Black-water fever - Number 35
Disease focus: Fever
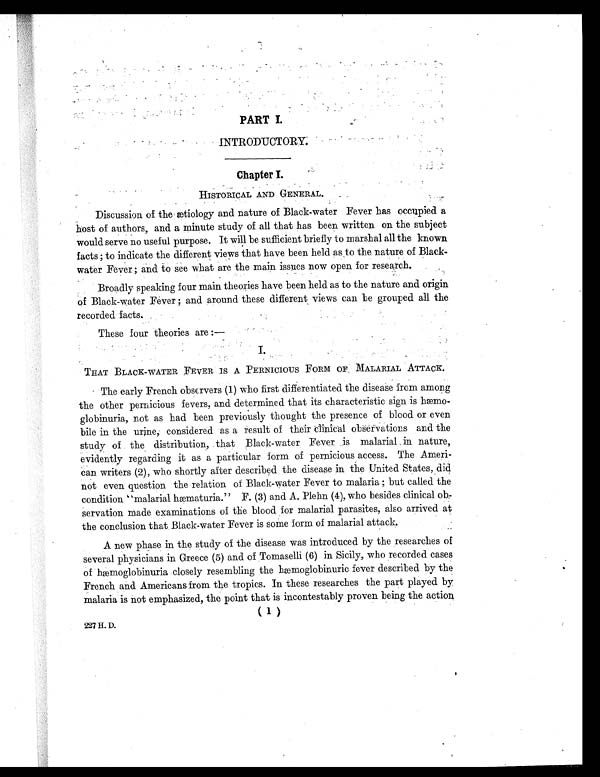
PART I.
INTRODUCTORY.
Chapter I.
HISTORICAL AND GENERAL.
Discussion of the ætiology and nature of Black-water Fever has occupied a
host of authors, and a minute study of all that has been written on the subject
would serve no useful purpose. It will be sufficient briefly to marshal all the known
facts ; to indicate the different views that have been held as to the nature of Black-
water Fever ; and to see what are the main issues now open for research.
Broadly speaking four main theories have been held as to the nature and origin
of Black-water Fever ; and around these different views can be grouped all the
recorded facts.
These four theories are:—
I.
THAT BLACK-WATER FEVER IS A PERNICIOUS FORM OF, MALARIAL ATTACK.
The early French observers (1) who first differentiated the disease from among
the other pernicious fevers, and determined that its characteristic sign is hæmo-
globinuria, not as had been previously thought the presence of blood or even
bile in the urine, considered as a result of their clinical observations and the
study of the distribution, that Black-water Fever is malarial in nature,
evidently regarding it as a particular form of pernicious access. The Ameri-
can writers (2), who shortly after described the disease in the United States, did
not even question the relation of Black-water Fever to malaria ; but called the
condition "malarial hæmaturia." F. (3) and A. Plehn (4), who besides clinical ob
-servation made examinations of the blood for malarial parasites, also arrived at
the conclusion that. Black-water Fever is some form of malarial attack.
A new phase in the study of the disease was introduced by the researches of
several physicians in Greece (5) and of Tomaselli (6) in Sicily, who recorded cases
of hæmoglobinuria closely resembling the hæmoglobinuric fever described by the
French and Americans from the tropics. In these researches the part played by
malaria is not emphasized, the point that is incontestably proven being the action
( 1
)
2 2 7 H . D .